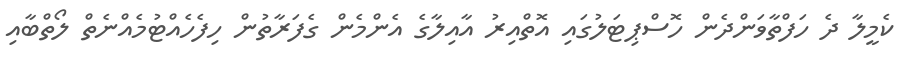
ކެމީލާ ދެ ހަފްތާވަންދެން ހޮސްޕިޓަލުގައި އޮތްއިރު އާއިލާގެ އެންމެން ގެފަރާތުން ހިފެހެއްޓުމެއްނެތް ލޯތްބާއި